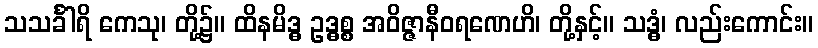
သသင်္ခါရိ ကေသု၊ တို့၌။ ထိနမိဒ္ဓ ဥဒ္ဓစ္စ အဝိဇ္ဇာနီဝရဏေဟိ၊ တို့နှင့်။ သဒ္ဓံ၊ လည်းကောင်း။